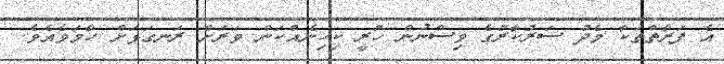
އެ ފަރާތްތަކާ މެދު ސަރުކާރުގެ ވިސްނުން ހުރީ ކިހިނެއްކަން ވަރަށް ރަނގަޅަށް ހާމަވެއެވެ.